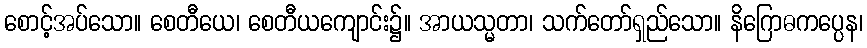
စောင့်အပ်သော။ စေတီယေ၊ စေတီယကျောင်း၌။ အာယသ္မတာ၊ သက်တော်ရှည်သော။ နိဂြောဓကပ္ပေန၊